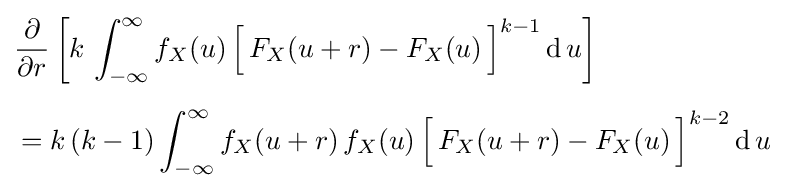
{\begin{aligned}{\frac {\partial }{\partial r}}&\left[k\,\int _{-\infty }^{\infty }f_{X}(u)\,{\Bigl [}\,F_{X}(u+r)-F_{X}(u)\,{\Bigr ]}^{k-1}\,\mathrm {d} \,u\right]\\[5pt]={}&k\,(k-1)\int _{-\infty }^{\infty }f_{X}(u+r)\,f_{X}(u)\,{\Bigl [}\,F_{X}(u+r)-F_{X}(u)\,{\Bigr ]}^{k-2}\,\mathrm {d} \,u\end{aligned}}